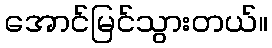
အောင်မြင်သွားတယ်။